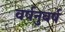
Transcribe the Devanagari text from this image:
वर्षनुवर्ष